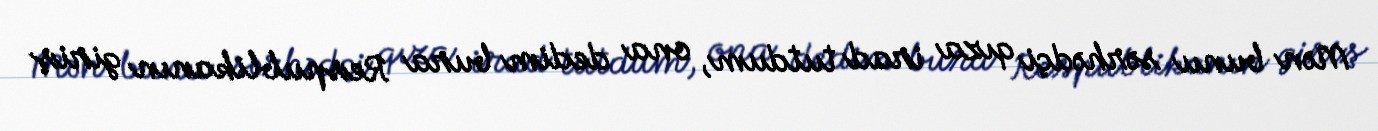
Mən bunu sərhədçi qıza irad tutdum, ona dedim bura Respublikanın giriş